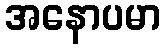
အနောပမာ